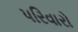
પરિવારો